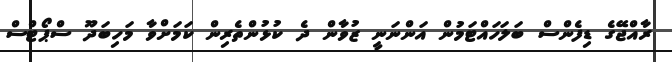
ރާއްޖޭގެ ޑިފެންސް ބަލަހައްޓަމުން އަންނަނީ ޒުވާން ދެ ކުޅުންތެރިން ކަމަށްވާ މަހިބަދޫ ސްޕޯޓްސް